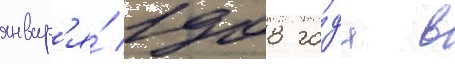
январ'я́ 1908 го́да в